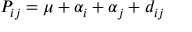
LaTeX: P _ { i j } = \mu + \alpha _ { i } + \alpha _ { j } + d _ { i j }